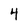
Character: 4